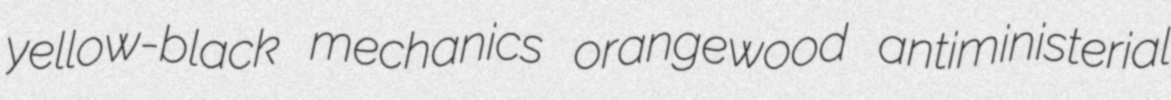
yellow-black mechanics orangewood antiministerial